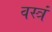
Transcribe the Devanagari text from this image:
वस्त्रं